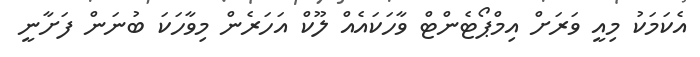
އެކަމަކު މިއީ ވަރަށް އިމްޕޯޓެންޓް ވާހަކައެއް ލޫކް އަހަރެން މިވާހަކަ ބުނަން ފަށާނީ